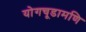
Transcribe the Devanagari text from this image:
योगचूडामणि